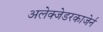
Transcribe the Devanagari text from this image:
अलेक्जेडरकाजेर्न